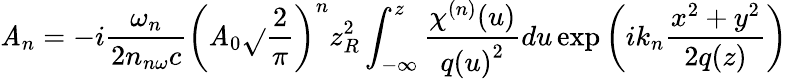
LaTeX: {{\mathit{A}}_{n}}=-i{\frac{{{\omega}_{n}}}{{2{{n}_{n\omega}}c}}}{{\left({{\mathit{A}}_{0}}{\sqrt{}{{\frac{{2}}{{\pi}}}}}\right)}^{n}}z_{R}^{2}\int_{-\infty}^{z}{{\frac{{{{\chi}^{(n)}}(u)}}{{q{{(u)}^{2}}}}}du}\exp\left(i{{k}_{n}}{\frac{{{{x}^{2}}+{{y}^{2}}}}{{2q(z)}}}\right)